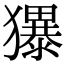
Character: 𪻌